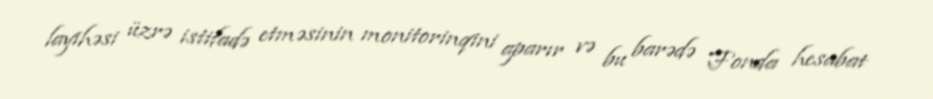
layihəsi üzrə istifadə etməsinin monitorinqini aparır və bu barədə Fonda hesabat